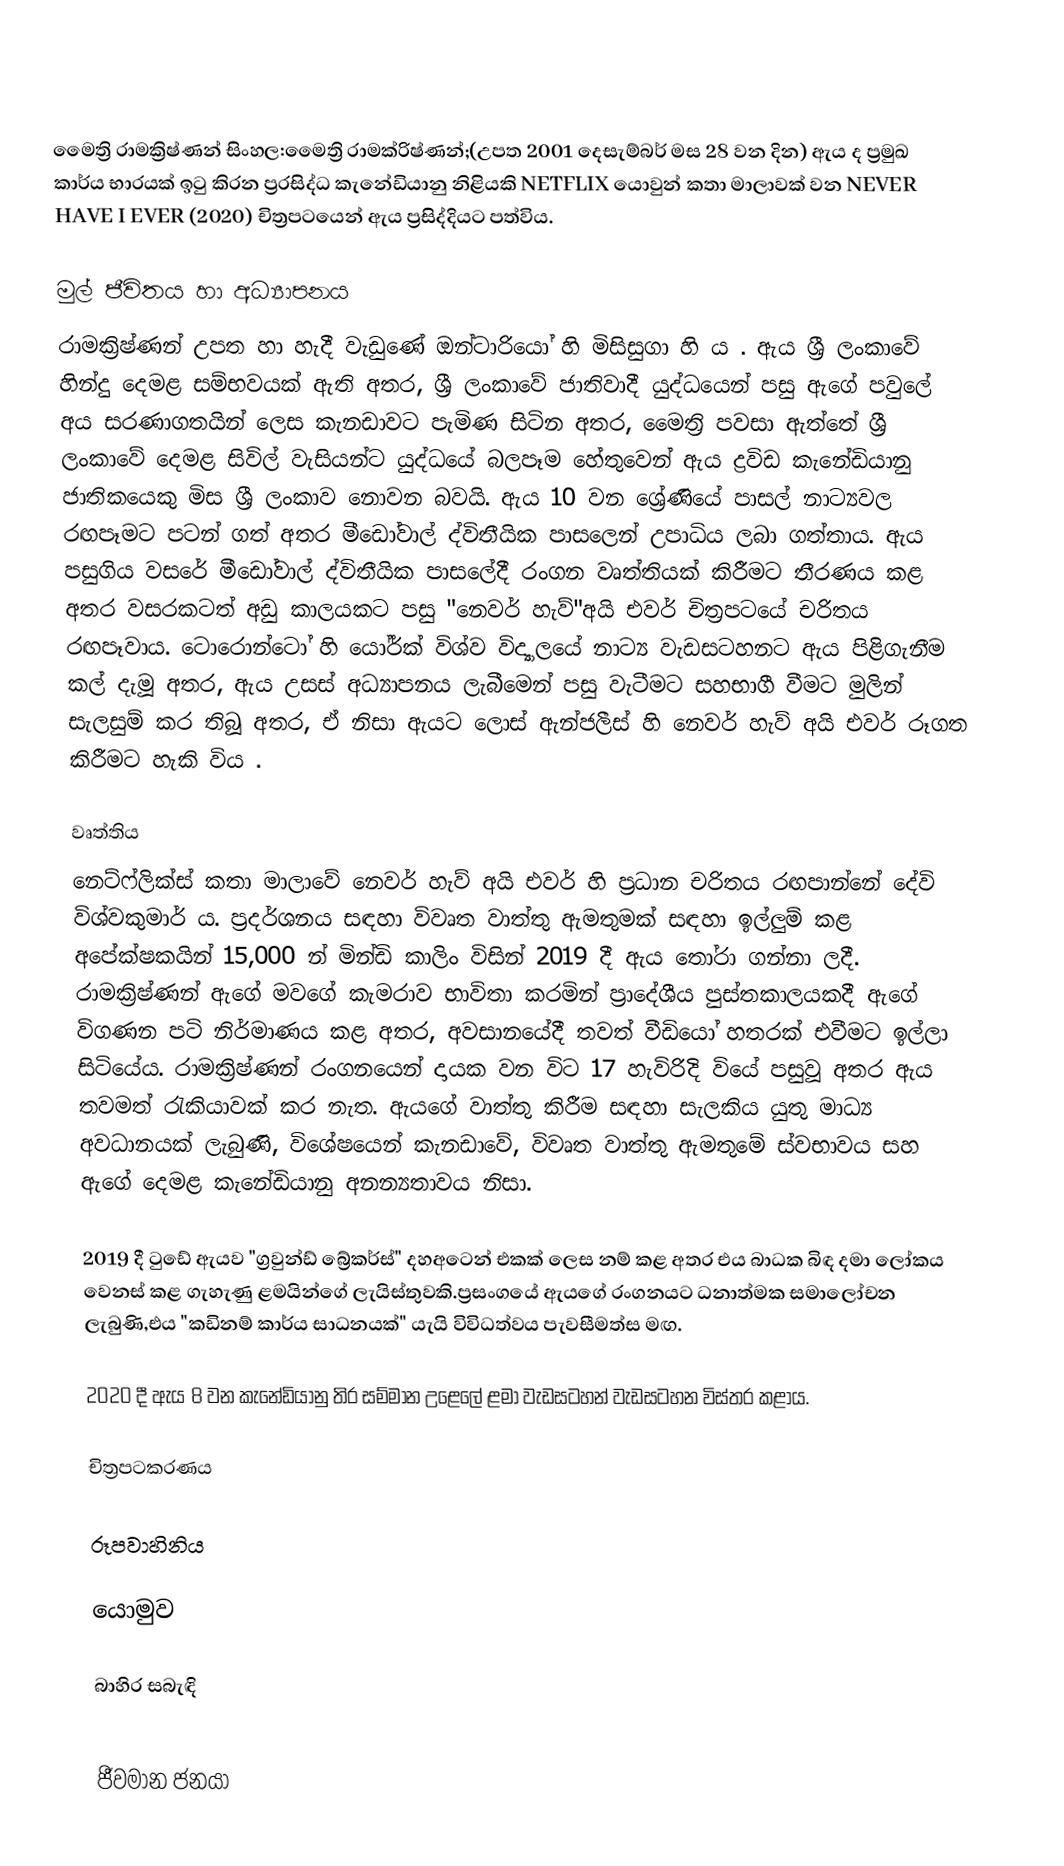
⁣

මෛත්‍රි රාමක්‍රිෂ්ණන් සිංහල:මෛත්‍රි  රාමක්රිෂ්ණන්;(උපත 2001 දෙසැම්බර් මස 28 වන දින) ඇය ද ප්‍රමුඛ කාර්ය භාරයක් ඉටු කිරන ප්‍රරසිද්ධ කැනේඩියානු නිළියකි NETFLIX යොවුන් කතා මාලාවක් වන NEVER HAVE I EVER (2020) චිත්‍රපටයෙන් ඇය ප්‍රසිද්දියට පත්විය.

මුල් ජීවිතය හා අධ්‍යාපනය
රාමක්‍රිෂ්ණන් උපත හා හැදී වැඩුණේ ඔන්ටාරියෝ හි මිසිසුගා හි ය . ඇය ශ්‍රී ලංකාවේ හින්දු දෙමළ සම්භවයක් ඇති අතර, ශ්‍රී ලංකාවේ ජාතිවාදී  යුද්ධයෙන් පසු ඇගේ පවුලේ අය සරණාගතයින් ලෙස කැනඩාවට පැමිණ සිටින අතර, මෛත්‍රි පවසා ඇත්තේ ශ්‍රී ලංකාවේ දෙමළ සිවිල් වැසියන්ට යුද්ධයේ බලපෑම හේතුවෙන් ඇය ද්‍රවිඩ කැනේඩියානු ජාතිකයෙකු මිස ශ්‍රී ලංකාව නොවන බවයි. ඇය 10 වන ශ්‍රේණියේ පාසල් නාට්‍යවල රඟපෑමට පටන් ගත් අතර මීඩෝවාල් ද්විතීයික පාසලෙන් උපාධිය ලබා ගත්තාය.  ඇය පසුගිය වසරේ මීඩෝවාල් ද්විතීයික පාසලේදී රංගන වෘත්තියක් කිරීමට තීරණය කළ අතර වසරකටත් අඩු කාලයකට පසු "නෙවර් හැව්"අයි එවර් චිත්‍රපටයේ චරිතය රඟපෑවාය.  ටොරොන්ටෝ හි යෝර්ක් විශ්ව විද්‍යාලයේ නාට්‍ය වැඩසටහනට ඇය පිළිගැනීම කල් දැමූ අතර, ඇය උසස් අධ්‍යාපනය ලැබීමෙන් පසු වැටීමට සහභාගී වීමට මුලින් සැලසුම් කර තිබූ අතර, ඒ නිසා ඇයට ලොස් ඇන්ජලීස් හි නෙවර් හැව් අයි එවර් රූගත කිරීමට හැකි විය .

වෘත්තිය
නෙට්ෆ්ලික්ස් කතා මාලාවේ නෙවර් හැව් අයි එවර් හි ප්‍රධාන චරිතය රඟපාන්නේ දේවි විශ්වකුමාර් ය.   ප්‍රදර්ශනය සඳහා විවෘත වාත්තු ඇමතුමක් සඳහා ඉල්ලුම් කළ අපේක්ෂකයින් 15,000 න් මින්ඩි කාලිං විසින් 2019 දී ඇය තෝරා ගන්නා ලදී. රාමක්‍රිෂ්ණන් ඇගේ මවගේ කැමරාව භාවිතා කරමින් ප්‍රාදේශීය පුස්තකාලයකදී ඇගේ විගණන පටි නිර්මාණය කළ අතර, අවසානයේදී තවත් වීඩියෝ හතරක් එවීමට ඉල්ලා සිටියේය.  රාමක්‍රිෂ්ණන් රංගනයෙන් දායක වන විට 17 හැවිරිදි වියේ පසුවූ අතර ඇය තවමත් රැකියාවක් කර නැත. ඇයගේ වාත්තු කිරීම සඳහා සැලකිය යුතු මාධ්‍ය අවධානයක් ලැබුණි,  විශේෂයෙන් කැනඩාවේ, විවෘත වාත්තු ඇමතුමේ ස්වභාවය සහ ඇගේ දෙමළ කැනේඩියානු අනන්‍යතාවය නිසා.

2019 දී ටුඩේ ඇයව "ග්‍රවුන්ඩ් බ්‍රේකර්ස්" දහඅටෙන් එකක් ලෙස නම් කළ අතර එය බාධක බිඳ දමා ලෝකය වෙනස් කළ ගැහැණු ළමයින්ගේ ලැයිස්තුවකි.ප්‍රසංගයේ ඇයගේ රංගනයට ධනාත්මක සමාලෝචන ලැබුණි,එය "කඩිනම් කාර්ය සාධනයක්" යැයි විවිධත්වය පැවසීමත්ස මඟ.

2020 දී ඇය 8 වන කැනේඩියානු තිර සම්මාන උළෙලේ ළමා වැඩසටහන් වැඩසටහන විස්තර කළාය.

චිත්‍රපටකරණය

රූපවාහිනිය

යොමුව

බාහිර සබැඳි

ජීවමාන ජනයා